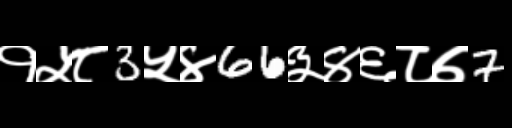
Text: १५८3५४66३४६८७7